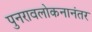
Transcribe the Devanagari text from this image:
पुनरावलोकनानंतर